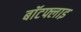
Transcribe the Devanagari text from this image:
बॉटफ्लाइ